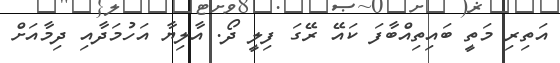
އަތިރި މަތީ ބައިތިއްބާފަ ކައޭ ރޭގަ ފިލީ ދޯ. އާލިޔާ އަހުމަދާއި ދިމާއަށް